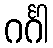
ဂင်္ဂါ